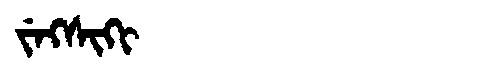
Manchu: ᠵᡝᡴᠰᡳᡴᡳ
Romanization: JEKSIKI